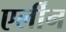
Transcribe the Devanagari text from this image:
एर्लीन